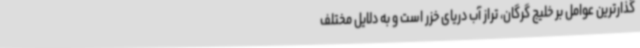
گذارترین عوامل بر خلیج گرگان، تراز آب دریای خزر است و به دلایل مختلف